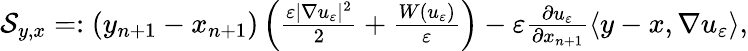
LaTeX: \begin{array}{r}{\mathcal S_{y,x}=:(y_{n+1}-x_{n+1})\left(\frac{\varepsilon|\nabla u_{\varepsilon}|^{2}}{2}+\frac{W(u_{\varepsilon})}{\varepsilon}\right)-\varepsilon\frac{\partial u_{\varepsilon}}{\partial x_{n+1}}\langle y-x,\nabla u_{\varepsilon}\rangle,}\end{array}